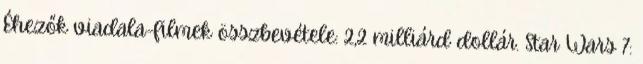
Éhezők viadala-filmek összbevétele: 2,2 milliárd dollár. Star Wars 7: